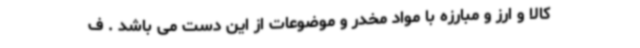
کالا و ارز و مبارزه با مواد مخدر و موضوعات از این دست می باشد . ف